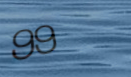
99¢